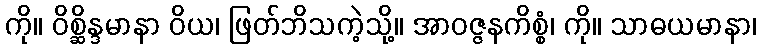
ကို။ ဝိစ္ဆိန္ဒမာနာ ဝိယ၊ ဖြတ်ဘိသကဲ့သို့။ အာဝဇ္ဇနကိစ္စံ၊ ကို။ သာဓယမာနာ၊